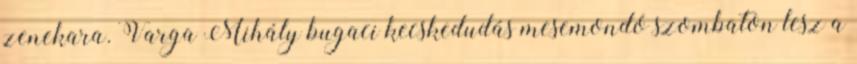
zenekara. Varga Mihály bugaci kecskedudás mesemondó szombaton lesz a